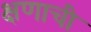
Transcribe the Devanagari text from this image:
क्षणाची